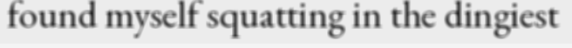
found myself squatting in the dingiest